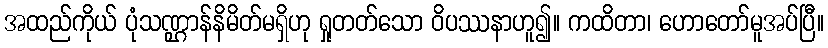
အထည်ကိုယ် ပုံသဏ္ဌာန်နိမိတ်မရှိဟု ရှုတတ်သော ဝိပဿနာဟူ၍။ ကထိတာ၊ ဟောတော်မူအပ်ပြီ။